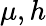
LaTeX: \mu,h